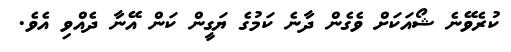
ކުރެވޭނެ ޝޯއަކަށް ވެގެން ދާނެ ކަމުގެ ޔަގީން ކަން އޭނާ ދެއްވި އެވެ.